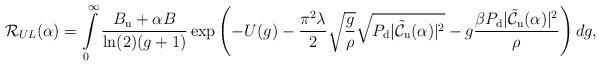
LaTeX: \begin{align*}& \! \! \! \! \! \! \! \! \! \! \! \!\mathcal{R}_{UL}(\alpha)= \int\limits_{0}^{\infty} \frac{B_{\rm{u}}+\alpha B}{\ln(2) (g+1) } \exp \left(- U(g) - \frac{\pi^2 \lambda }{2} \sqrt{\frac{g}{\rho}} \sqrt{P_{\rm{d}} |\mathcal{\tilde{C}}_{\rm{u}}(\alpha)|^2} -g \frac{{\beta} P_{\rm{d}} |\mathcal{\tilde{C}}_{\rm{u}}(\alpha)|^2}{ \rho}\right)dg,\end{align*}